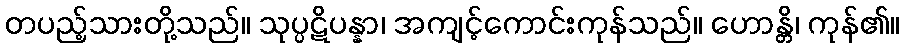
တပည့်သားတို့သည်။ သုပ္ပဋိပန္နာ၊ အကျင့်ကောင်းကုန်သည်။ ဟောန္တိ၊ ကုန်၏။